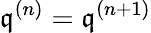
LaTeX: {\mathfrak{q}}^{(n)}={\mathfrak{q}}^{(n+1)}